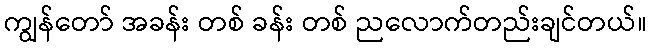
ကျွန်တော် အခန်း တစ် ခန်း တစ် ညလောက်တည်းချင်တယ်။